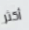
أكثر